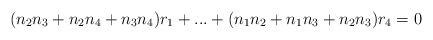
LaTeX: \begin{align*}(n_2n_3+n_2n_4+n_3n_4)r_1+...+(n_1n_2+n_1n_3+n_2n_3)r_4=0\end{align*}